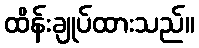
ထိန်းချုပ်ထားသည်။